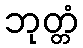
ဘုတ္တံ